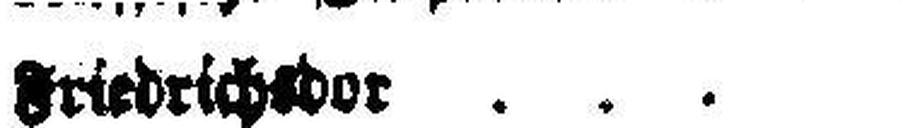
Friedrichsdor